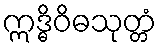
ဣဒ္ဓိဝိဓသုတ္တံ